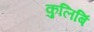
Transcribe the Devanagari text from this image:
कुलिबिं